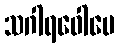
သဂါရဝေါပေ